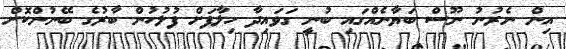
އިން ނެރުނު ނޫސް ބަޔާނެއްގައި ބުނީ ގަވައިދާ ހިލާފަށް ފުލުހުން ބާރުގެ ބޭނުންކޮށް